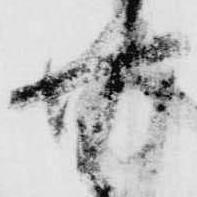
無